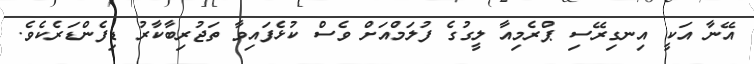
އޭނާ އަކީ އިނގިރޭސި ޕްރެމިއާ ލީގުގެ ފުލަމްއަށް ވެސް ކުޅެފައިވާ ތަޖުރިބާކާރު ޑިފެންޑަރެކެވެ.